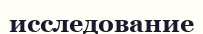
исследование